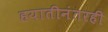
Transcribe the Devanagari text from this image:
हयातीनंतरही